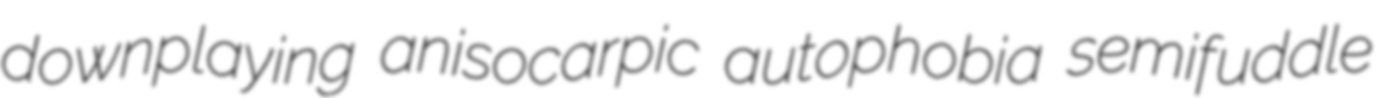
downplaying anisocarpic autophobia semifuddle